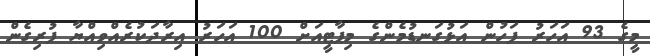
މީގެ 93 އަހަރު ފަހުން އަޅުގަނޑުމެންގެ މިޕާޓީއަށް 100 އަހަރު އިރާދަކުރެއްވިއްޔާ ފުރިގެން